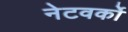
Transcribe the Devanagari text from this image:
नेटवर्को